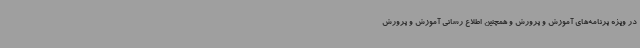
در ویژه برنامه‌های آموزش و پرورش و همچنین اطلاع رسانی آموزش و پرورش